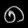
Digit: ၈